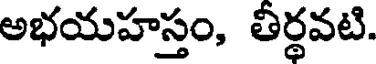
అభయహస్తం, తీర్థవటి.